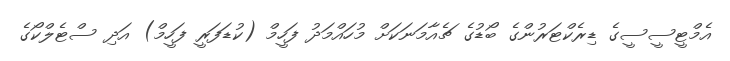
އެމްޓީސީސީގެ ޑިރެކްޓަރުންގެ ބޯޑުގެ ޗެއާމަނަކަށް މުހައްމަދު ފަހީމް (ކުޑަފަރީ ފަހީމް) އަދި ސްޓެލްކޯގެ